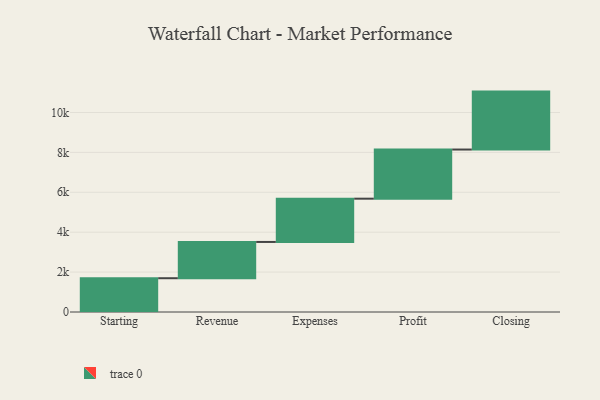
{"axis": {"x": "Step", "y": "Value"}, "legend": [""], "data": [{"x": "Starting", "y": 1693.0, "type": ""}, {"x": "Revenue", "y": 1818.0, "type": ""}, {"x": "Expenses", "y": 2169.0, "type": ""}, {"x": "Profit", "y": 2463.0, "type": ""}, {"x": "Closing", "y": 2904.0, "type": ""}]}